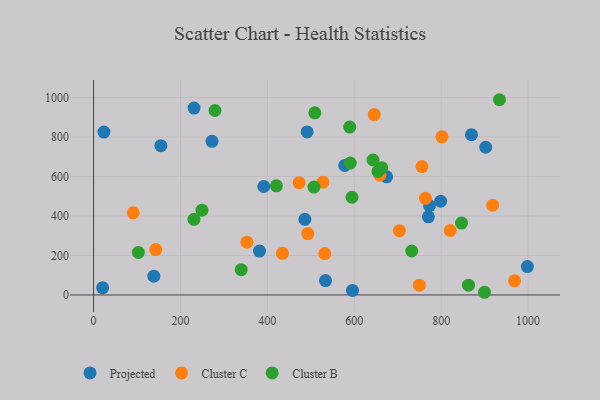
{"axis": {"x": "Distance", "y": "Yield"}, "legend": ["Cluster B", "Cluster C", "Projected"], "data": [{"x": "391.8", "y": 549.2, "type": "Projected"}, {"x": "770.6", "y": 395.7, "type": "Projected"}, {"x": "533.8", "y": 72.6, "type": "Projected"}, {"x": "272.6", "y": 778.1, "type": "Projected"}, {"x": "578.2", "y": 656.1, "type": "Projected"}, {"x": "998.5", "y": 143.5, "type": "Projected"}, {"x": "595.9", "y": 22.8, "type": "Projected"}, {"x": "381.9", "y": 222.3, "type": "Projected"}, {"x": "869.8", "y": 811.5, "type": "Projected"}, {"x": "902.6", "y": 748.0, "type": "Projected"}, {"x": "486.3", "y": 383.2, "type": "Projected"}, {"x": "138.7", "y": 95.1, "type": "Projected"}, {"x": "231.3", "y": 946.0, "type": "Projected"}, {"x": "20.8", "y": 36.9, "type": "Projected"}, {"x": "674.5", "y": 598.0, "type": "Projected"}, {"x": "491.5", "y": 825.6, "type": "Projected"}, {"x": "154.8", "y": 755.7, "type": "Projected"}, {"x": "798.9", "y": 474.5, "type": "Projected"}, {"x": "773.2", "y": 451.6, "type": "Projected"}, {"x": "23.8", "y": 824.8, "type": "Projected"}, {"x": "704.0", "y": 325.7, "type": "Cluster C"}, {"x": "493.1", "y": 311.0, "type": "Cluster C"}, {"x": "749.8", "y": 49.5, "type": "Cluster C"}, {"x": "352.8", "y": 267.3, "type": "Cluster C"}, {"x": "659.0", "y": 606.3, "type": "Cluster C"}, {"x": "801.9", "y": 800.8, "type": "Cluster C"}, {"x": "646.0", "y": 913.5, "type": "Cluster C"}, {"x": "527.8", "y": 570.6, "type": "Cluster C"}, {"x": "473.2", "y": 568.3, "type": "Cluster C"}, {"x": "969.0", "y": 72.0, "type": "Cluster C"}, {"x": "820.8", "y": 326.4, "type": "Cluster C"}, {"x": "532.1", "y": 209.7, "type": "Cluster C"}, {"x": "143.1", "y": 229.8, "type": "Cluster C"}, {"x": "91.2", "y": 416.1, "type": "Cluster C"}, {"x": "755.8", "y": 650.2, "type": "Cluster C"}, {"x": "763.8", "y": 489.4, "type": "Cluster C"}, {"x": "434.7", "y": 210.9, "type": "Cluster C"}, {"x": "918.6", "y": 454.2, "type": "Cluster C"}, {"x": "279.4", "y": 934.0, "type": "Cluster B"}, {"x": "590.8", "y": 667.8, "type": "Cluster B"}, {"x": "732.3", "y": 222.6, "type": "Cluster B"}, {"x": "249.5", "y": 429.1, "type": "Cluster B"}, {"x": "507.2", "y": 546.4, "type": "Cluster B"}, {"x": "654.7", "y": 625.6, "type": "Cluster B"}, {"x": "863.0", "y": 49.4, "type": "Cluster B"}, {"x": "231.0", "y": 383.1, "type": "Cluster B"}, {"x": "594.8", "y": 494.6, "type": "Cluster B"}, {"x": "589.6", "y": 850.1, "type": "Cluster B"}, {"x": "899.9", "y": 13.6, "type": "Cluster B"}, {"x": "643.1", "y": 683.3, "type": "Cluster B"}, {"x": "663.4", "y": 644.5, "type": "Cluster B"}, {"x": "509.3", "y": 922.1, "type": "Cluster B"}, {"x": "934.3", "y": 988.5, "type": "Cluster B"}, {"x": "420.8", "y": 552.5, "type": "Cluster B"}, {"x": "846.9", "y": 364.1, "type": "Cluster B"}, {"x": "339.8", "y": 128.2, "type": "Cluster B"}, {"x": "103.1", "y": 215.2, "type": "Cluster B"}]}